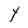
Character: Y